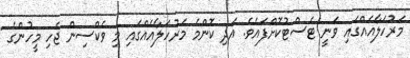
މަރުހަލާއެއްގައި ވަނީ ޓެސްޓުކޮށްފައެވެ. އަދި ކޮންމެ މަރުހަލާއެއްގައި މި ވެކްސިން ޖެހި މީހުންގެ